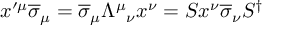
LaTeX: x ^ { \prime \mu } { \overline { { \sigma } } } _ { \mu } = { \overline { { \sigma } } } _ { \mu } { \Lambda ^ { \mu } } _ { \nu } x ^ { \nu } = S x ^ { \nu } { \overline { { \sigma } } } _ { \nu } S ^ { \dagger }